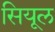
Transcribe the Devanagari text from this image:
सियूल